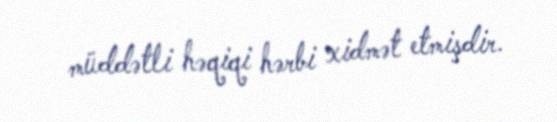
müddətli həqiqi hərbi xidmət etmişdir.